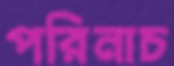
পরিনাচ